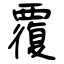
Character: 覆